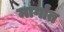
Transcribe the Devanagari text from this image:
मार्गांत